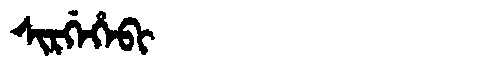
Manchu: ᠰᡳᡵᡤᡝᡥᡝᠪᡳ
Romanization: SIRGEHEBI